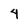
Character: 4